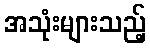
အသုံးများသည့်